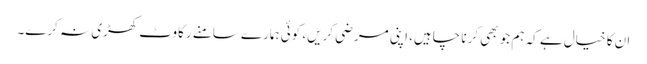
ان کا خیال ہے کہ ہم جو بھی کرنا چاہیں، اپنی مرضی کریں، کوئی ہمارے سامنے رکاوٹ کھڑی نہ کرے۔